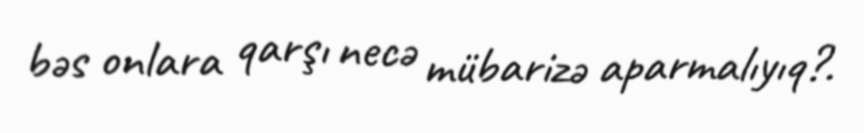
bəs onlara qarşı necə mübarizə aparmalıyıq?.